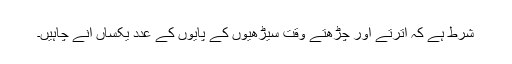
شرط ہے کہ اترتے اور چڑھتے وقت سیڑھیوں کے پایوں کے عدد یکساں آنے چاہیں۔